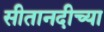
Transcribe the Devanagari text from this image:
सीतानदीच्या